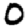
Digit: 0